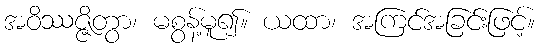
အဝိဿဇ္ဇိတွာ၊ မစွန့်မူ၍။ ယထာ၊ အကြင်အခြင်းဖြင့်။